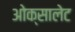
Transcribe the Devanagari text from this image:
ओक्सालेट